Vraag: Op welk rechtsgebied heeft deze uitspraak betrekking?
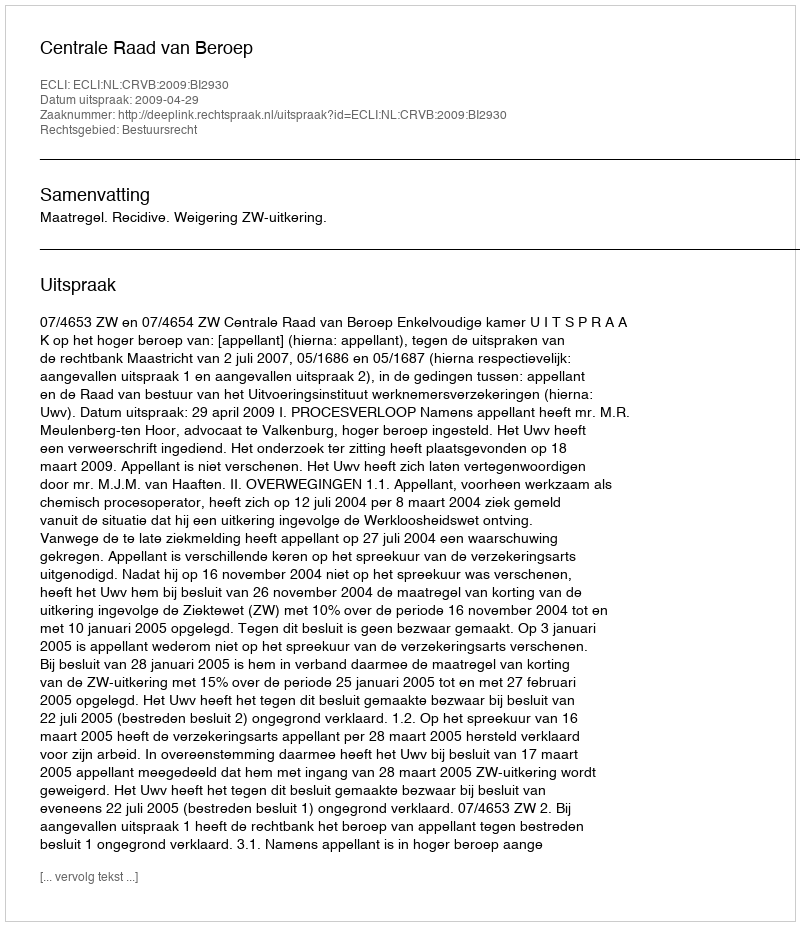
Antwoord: Bestuursrecht